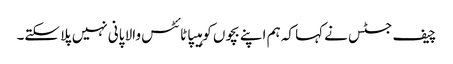
چیف جسٹس نے کہا کہ ہم اپنے بچوں کو ہیپاٹائٹس والا پانی نہیں پلا سکتے۔